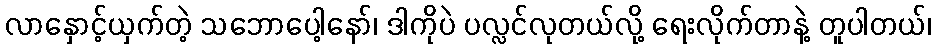
လာနှောင့်ယှက်တဲ့ သဘောပေါ့နော်၊ ဒါကိုပဲ ပလ္လင်လုတယ်လို့ ရေးလိုက်တာနဲ့ တူပါတယ်၊